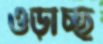
ওড়াচ্ছ